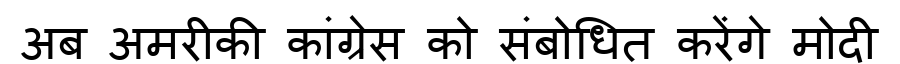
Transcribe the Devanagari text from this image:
अब अमरीकी कांग्रेस को संबोधित करेंगे मोदी